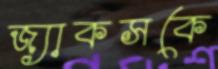
জ্যাকসকে